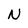
Character: N